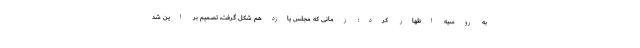
به روسیه اظهار کرد: زمانی که مجلس یازدهم شکل گرفت، تصمیم بر این شد